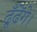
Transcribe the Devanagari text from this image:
ढूँढेंगे।